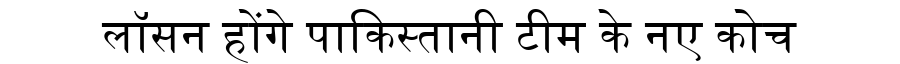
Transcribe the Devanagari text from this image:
लॉसन होंगे पाकिस्तानी टीम के नए कोच